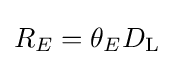
R_{E}=\theta _{E}D_{\rm {L}}